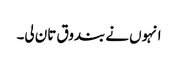
انہوں نے بندوق تان لی۔